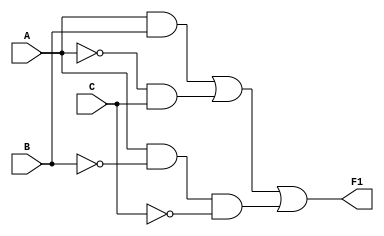
module curcuit1(
    input A,
    input B,
    input C,
    output reg F1
    );
    
    always@ (*) begin
        F1 = (A&B) | (~A&C) | (A&~B&~C);
        
        end
       
endmodule